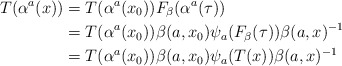
\begin{align*} T(\alpha^a(x))&= T(\alpha^a(x_0)) F_\beta(\alpha^a(\tau)) \\ &=T(\alpha^a(x_0)) \beta(a,x_0) \psi_a(F_\beta(\tau))\beta(a,x)^{-1} \\ &=T(\alpha^a(x_0))\beta(a,x_0) \psi_a(T(x)) \beta(a,x)^{-1}\end{align*}